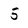
Character: 5